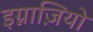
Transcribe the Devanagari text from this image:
इग्नाज़ियो